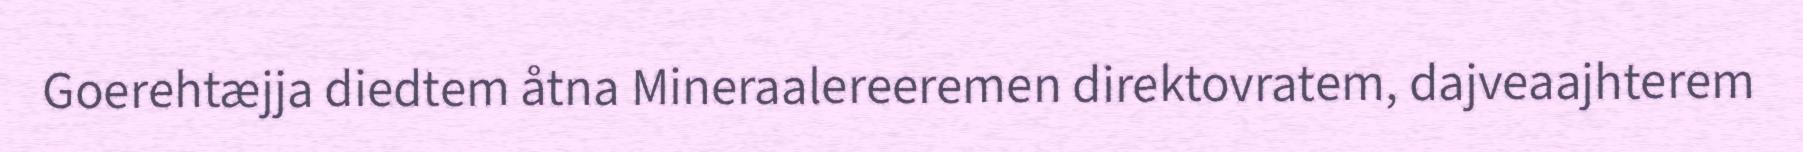
Goerehtæjja diedtem åtna Mineraalereeremen direktovratem, dajveaajhterem